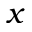
x